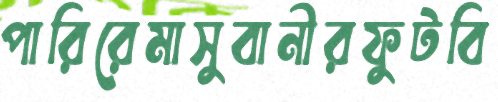
পারিরেমাসুবানীরফুটবি